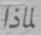
لماذا